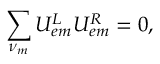
\sum _ { \nu _ { m } } U _ { e m } ^ { L } U _ { e m } ^ { R } = 0 ,